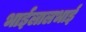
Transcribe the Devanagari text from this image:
भाईलालभाई